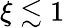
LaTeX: \xi\lesssim 1